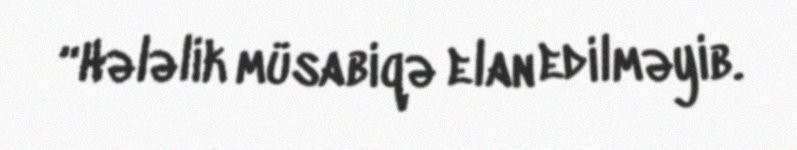
“Hələlik müsabiqə elan edilməyib.